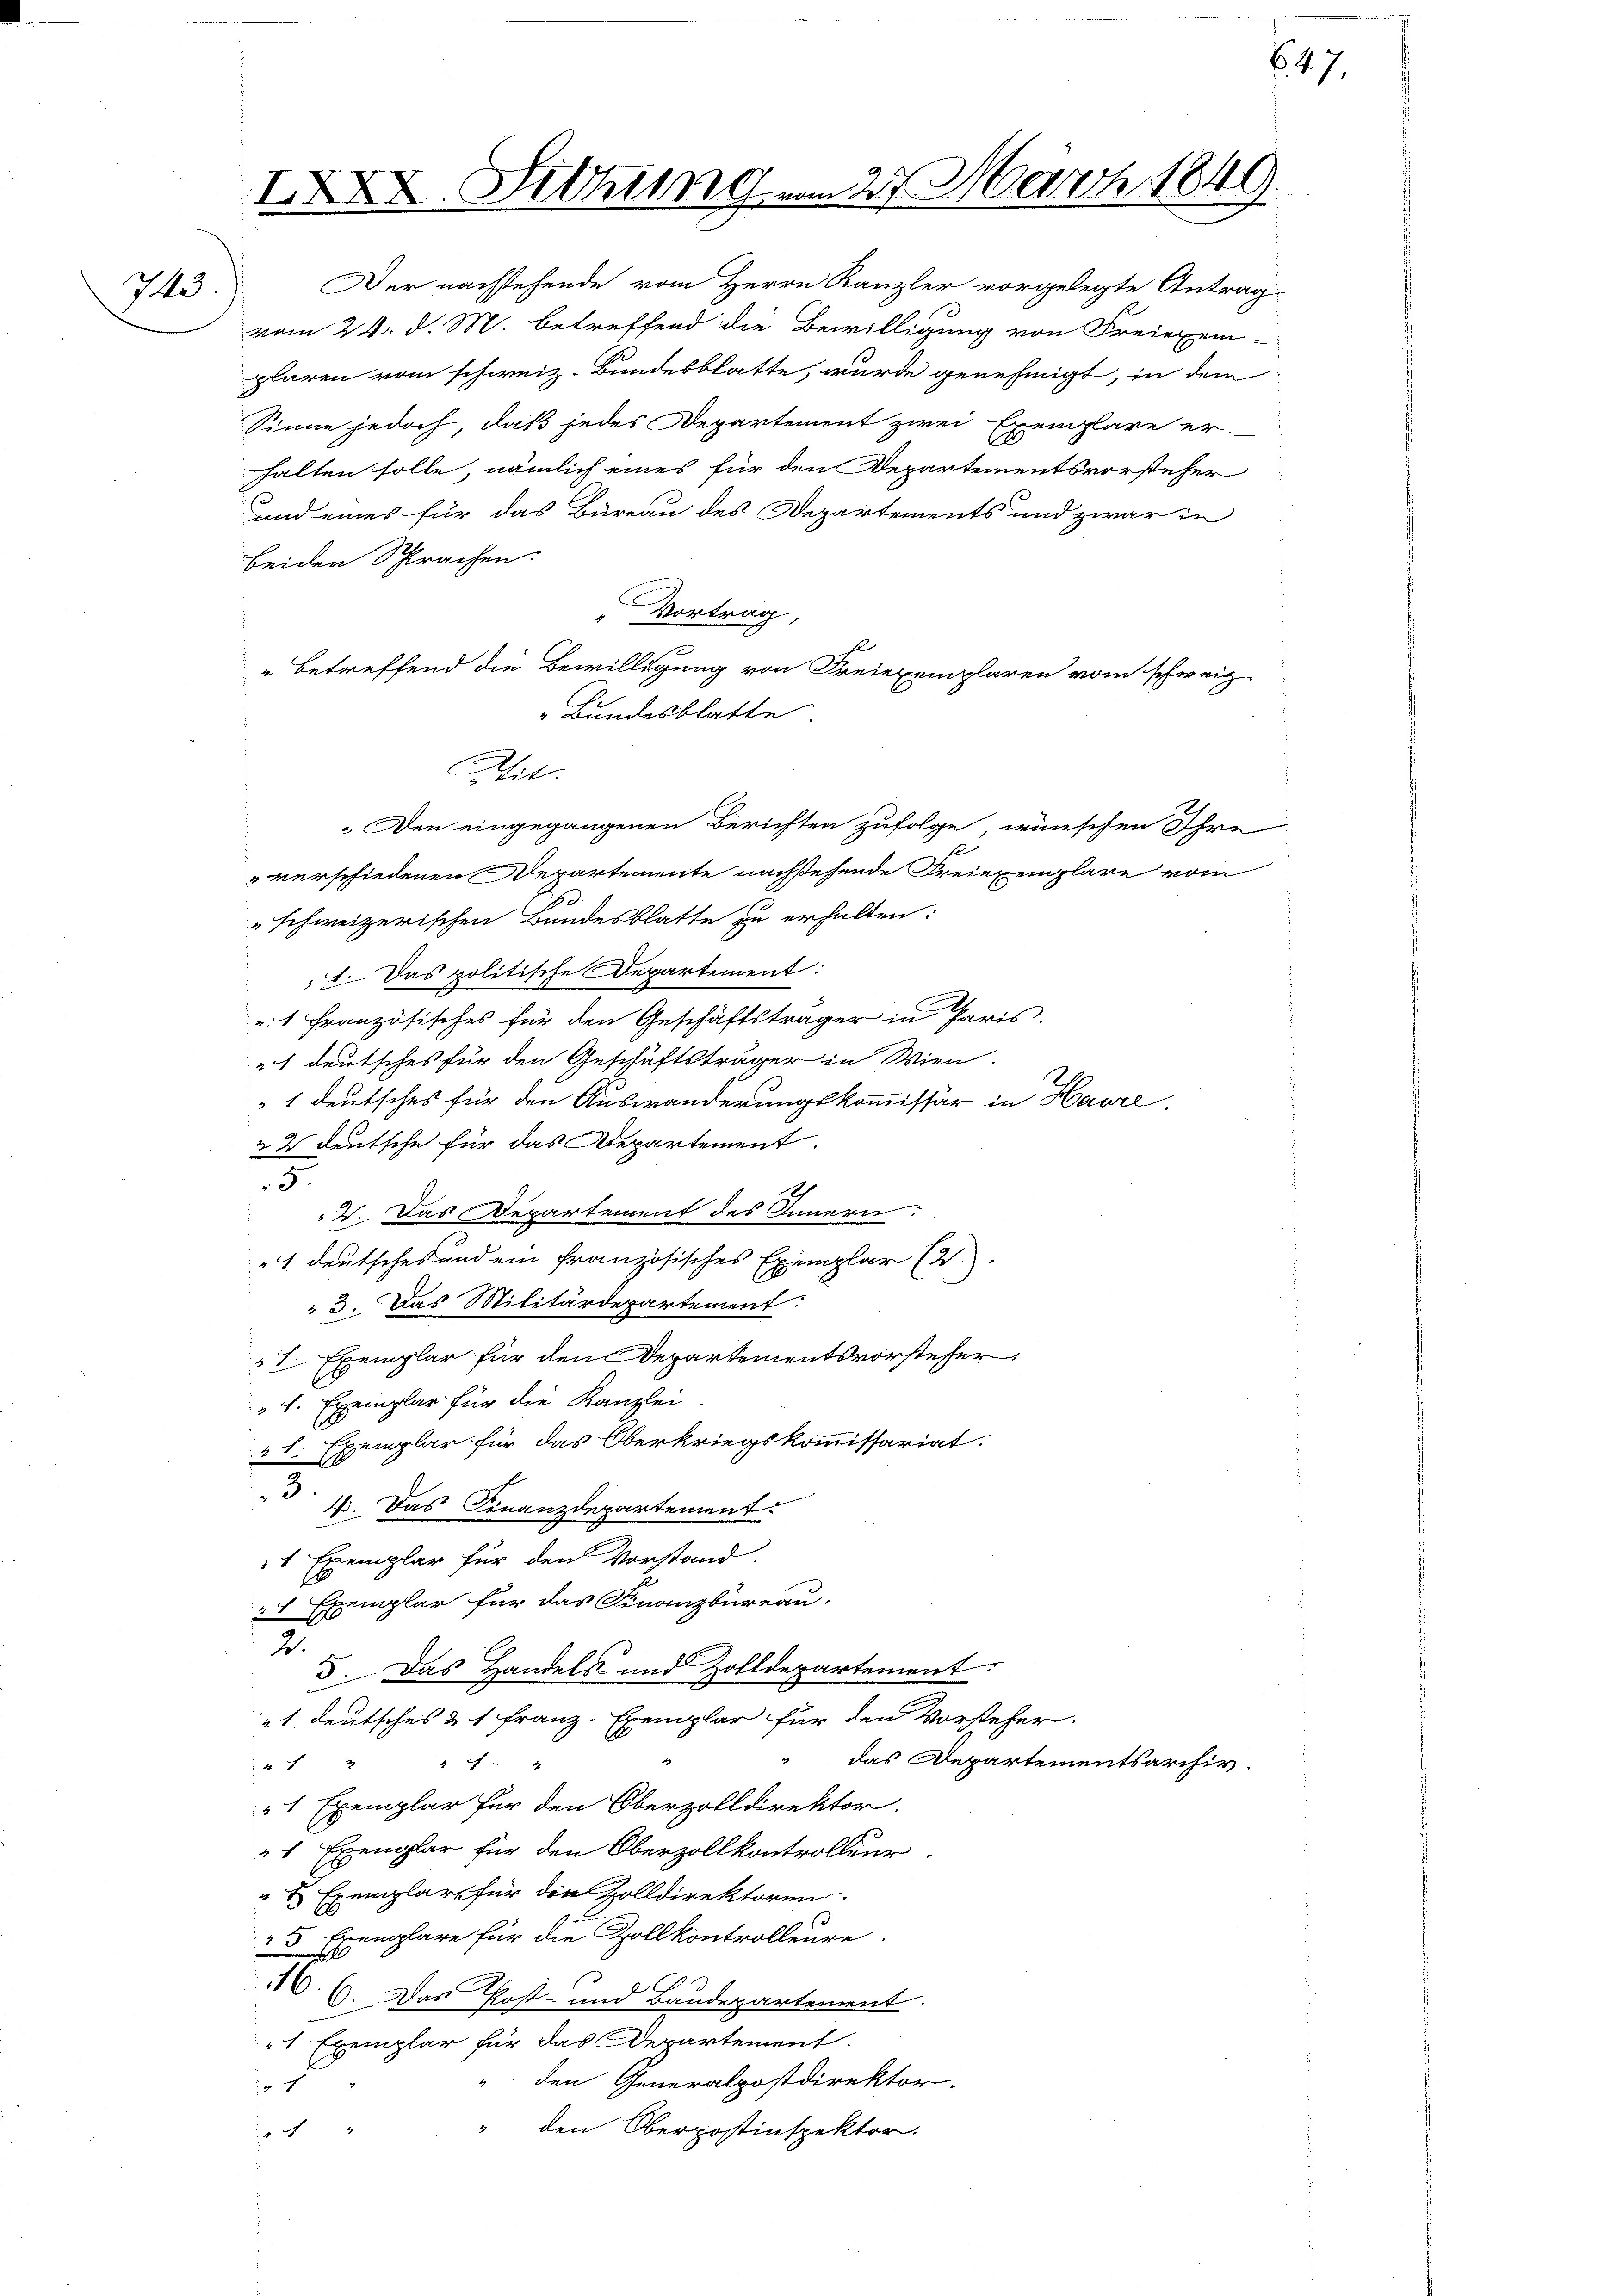
IXXX. Sitzung
I

Wit.

Der nachstehende vom Herrn Kanzler vorgelegte Antrag
vom 24. d. M. betreffend die Bewilligung von Freiexem-
plaren vom schweiz. Bundesblatte, wurde genehmigt, in dem
Sinne jedoch, daß jedes Departement zwei Exemplare er-
halten solle, nämlich eines für den Departementsvorsteher
und eines für das Büreau des Departements und zwar in
beiden Sprachen.
Vortrag,
4
" betreffend die Bewilligung von Freiexemplaren vom schweiz
Bundesblatte
Den eingegangenen Berichten zufolge, wünschen Ihre
" verschiedenen Departemente nachstehende Freiexemplare vom
schweizerischen Bundesblatte zu erhalten:
1. Das politische Departement:
1 französisches für den Geschäftsträger in Paris.
1 deutsches für den Geschäftsträger in Wien.
1 deutsches für den Auswanderungskommissär in Havre,
22 deutsche für das Departement.
5.
V. Das Departement des Innern:
1 deutsches und ein französisches Exemplar (2.
23. Das Militärdepartement.
I. Exemplar für den Departementsvorsteher.
" 4. Exemplar für die Kanzlei
2 l. Exemplar für das Oberkriegskommissariat.
3.
4. Das Finanzdepartement.
4 Exemplar für den Vorstand.
E
1 Exemplar für das Finanzbüreau.
2.
3. Das Handels und Zolldepartement.
1. deutsches & 1 Franz. Exemplar für den Vorsteher.
“ das Departementsarchiv.

"1 Exemplar für den Oberzolldirektor.
1 Exemplar für den Oberzollkontrolleur
" Exemplare für die Zolldirektoren.
s
5 Exemplare für die Zollkontrolleure.
166. Von Post- und Baudepartement.
"1 Exemplar für das Departement
" den Generalpostdirektor.
d
" den Oberpostinspektor.
 "

27 März 1849.

647.